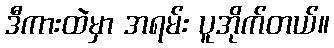
ဒီကားထဲမှာ အရမ်း ပူအိုက်တယ်။